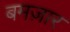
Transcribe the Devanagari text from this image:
बमज़ार